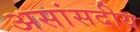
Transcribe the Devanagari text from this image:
असांसदीय